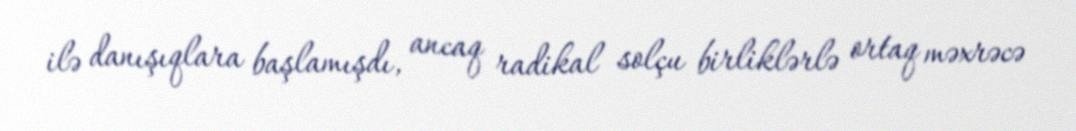
ilə danışıqlara başlamışdı, ancaq radikal solçu birliklərlə ortaq məxrəcə